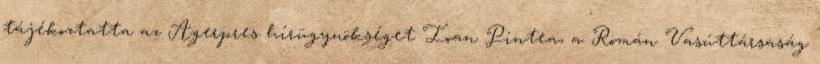
tájékoztatta az Agerpres hírügynökséget Ioan Pintea, a Román Vasúttársaság